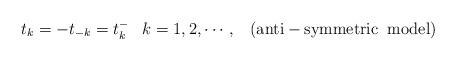
LaTeX: \begin{align*}t_{k}=-t_{-k}=t^{-}_{k}\;\;\;k=1,2,\cdots,\;\;\;({\rm anti-symmetric \;\;model})\end{align*}